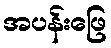
အပန်းဖြေ